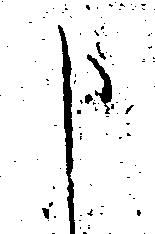
申